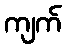
ကျက်